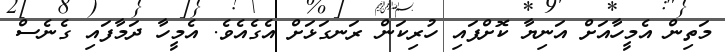
މަތިން އެމީހާއަށް އަނިޔާ ކޮށްފައި ހުރިކަން ރަނގަޅަށް އެގެއެވެ. އެމީހާ ދަމާފައި ގެނެސް